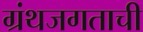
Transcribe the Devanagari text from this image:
ग्रंथजगताची